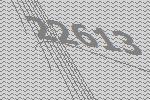
22613